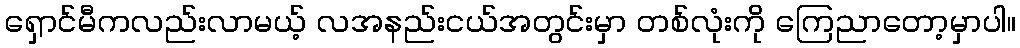
ရှောင်မီကလည်းလာမယ့် လအနည်းငယ်အတွင်းမှာ တစ်လုံးကို ကြေညာတော့မှာပါ။